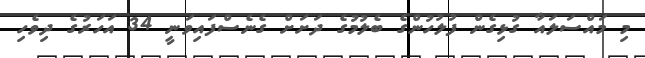
މި މައްސަލައާ ގުޅިގެން ފުލުހުންގެ ބެލުމުގެ ދަށަށް ގެނެސްފައިވަނީ 34 އަހަރުގެ ދިވެހި